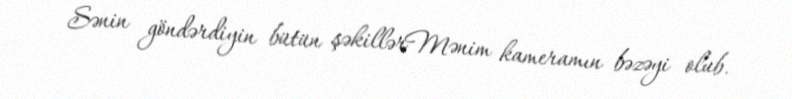
Sənin göndərdiyin bütün şəkillərMənim kameramın bəzəyi olub.